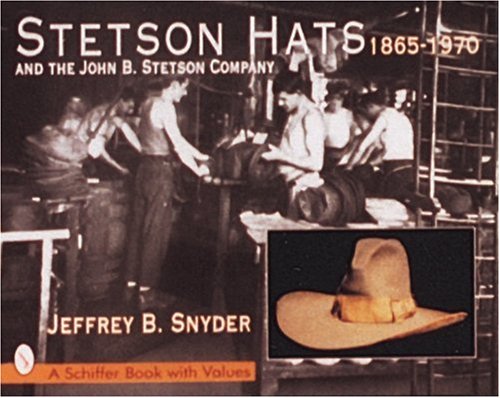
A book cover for Stetson Hats and the John B. Stetson Hat Company: 1865-1970 (Schiffer Book with Values); Jeffrey B. Snyder; Business & Money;